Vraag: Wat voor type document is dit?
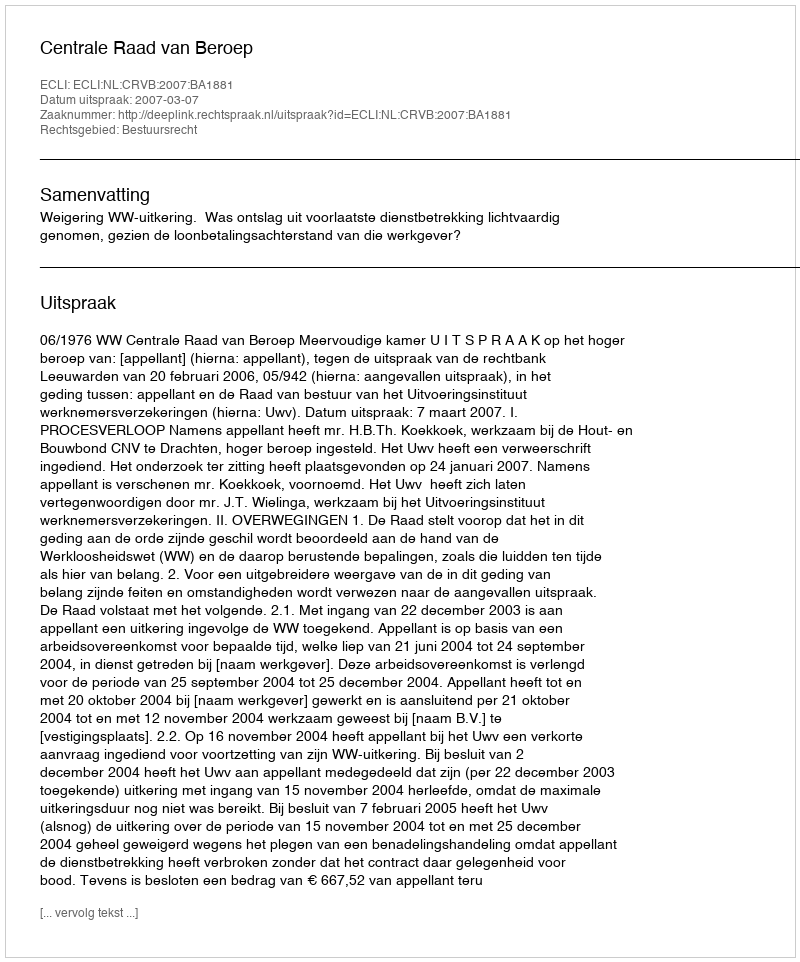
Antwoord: Uitspraak